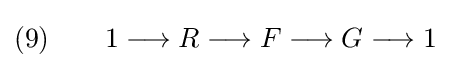
(9)\qquad 1\longrightarrow R\longrightarrow F\longrightarrow G\longrightarrow 1